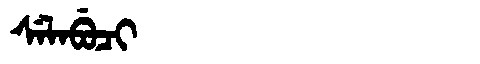
Manchu: ᠰᡝᠯᠠᠪᡠᠴᡳ
Romanization: SELABUCI